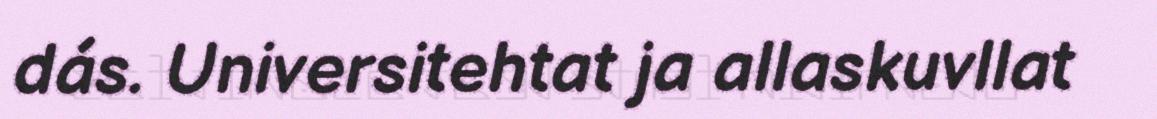
dás. Universitehtat ja allaskuvllat